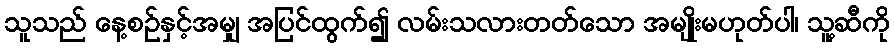
သူသည် နေ့စဉ်နှင့်အမျှ အပြင်ထွက်၍ လမ်းသလားတတ်သော အမျိုးမဟုတ်ပါ၊ သူ့ဆီကို